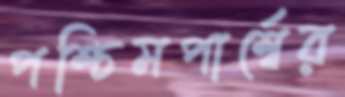
পশ্চিমপার্শ্বের